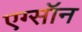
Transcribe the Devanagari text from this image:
एग्सॉन